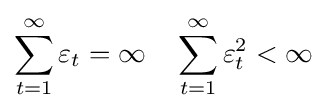
\sum _{t=1}^{\infty }\varepsilon _{t}=\infty \quad \sum _{t=1}^{\infty }\varepsilon _{t}^{2}<\infty